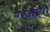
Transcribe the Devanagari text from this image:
गजीबो